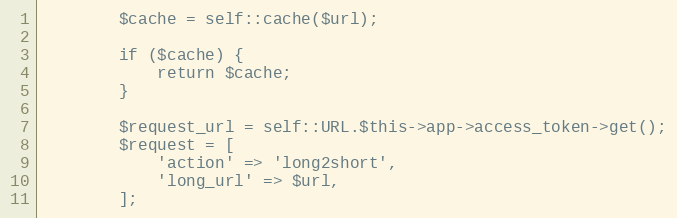
Language: PHP
        $cache = self::cache($url);

        if ($cache) {
            return $cache;
        }

        $request_url = self::URL.$this->app->access_token->get();
        $request = [
            'action' => 'long2short',
            'long_url' => $url,
        ];